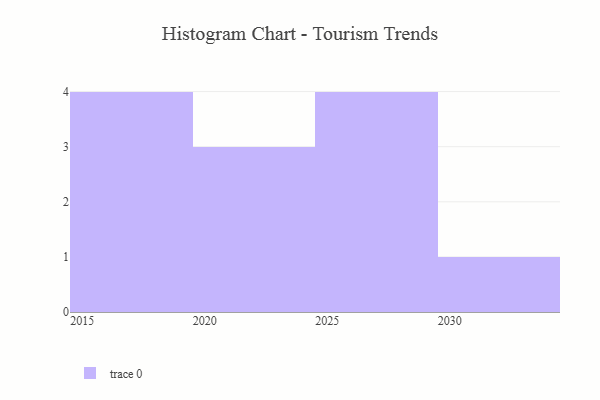
{"axis": {"x": "Year", "y": "LTV (USD)"}, "legend": [""], "data": [{"x": "2017", "y": 69, "type": ""}, {"x": "2023", "y": 80, "type": ""}, {"x": "2028", "y": 74, "type": ""}, {"x": "2029", "y": 30, "type": ""}, {"x": "2021", "y": 70, "type": ""}, {"x": "2027", "y": 89, "type": ""}, {"x": "2026", "y": 69, "type": ""}, {"x": "2030", "y": 86, "type": ""}, {"x": "2016", "y": 98, "type": ""}, {"x": "2019", "y": 60, "type": ""}, {"x": "2018", "y": 26, "type": ""}, {"x": "2024", "y": 26, "type": ""}]}